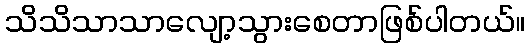
သိသိသာသာလျော့သွားစေတာဖြစ်ပါတယ်။